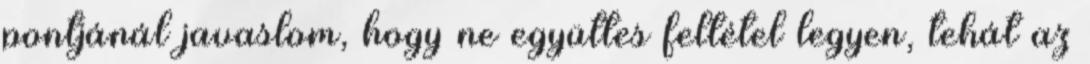
pontjánál javaslom, hogy ne együttes feltétel legyen, tehát az